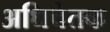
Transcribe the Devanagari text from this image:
अधिचेतक